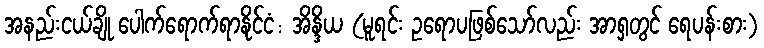
အနည်းငယ်ချို ပေါက်ရောက်ရာနိုင်ငံ: အိန္ဒိယ (မူရင်း ဥရောပဖြစ်သော်လည်း အာရှတွင် ရေပန်းစား)